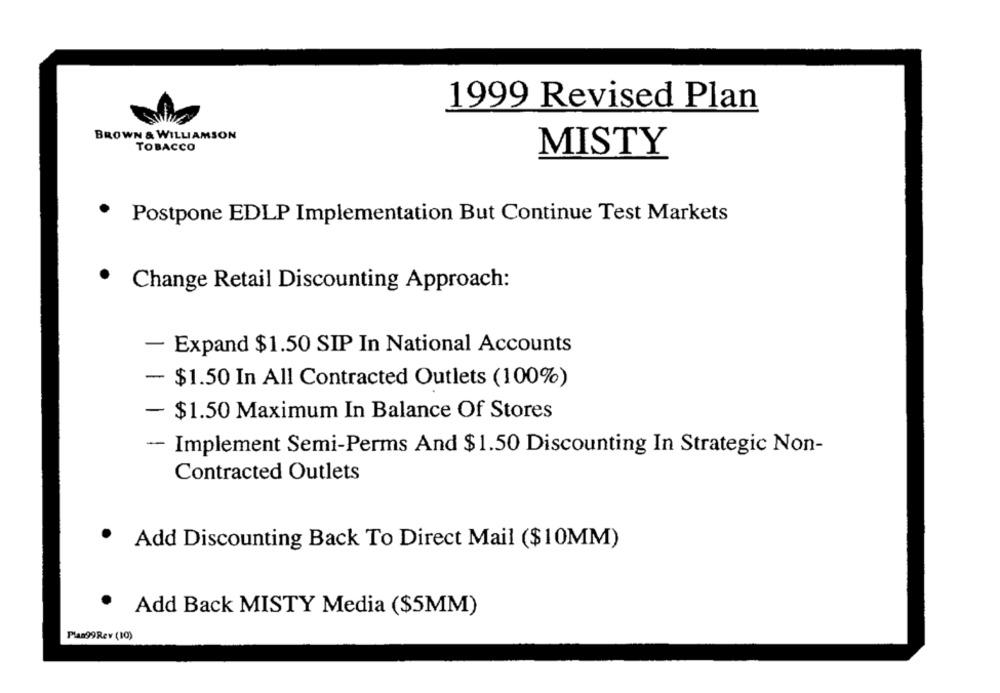
1999 Revised Plan
BROWN & WILLIAMSON
TOBACCO
MISTY
.
Postpone EDLP Implementation But Continue Test Markets
Change Retail Discounting Approach:
- Expand $1.50 SIP In National Accounts
- $1.50 In All Contracted Outlets (100%)
- $1.50 Maximum In Balance Of Stores
-- Implement Semi-Perms And $1.50 Discounting In Strategic Non-
Contracted Outlets
Add Discounting Back To Direct Mail ($10MM)
. Add Back MISTY Media ($5MM)
Plan99Rev (10)